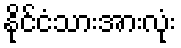
နိုင်ငံသားအားလုံး